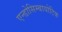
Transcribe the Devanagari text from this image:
एन्डोसिम्बायोटिक